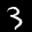
Label: 3